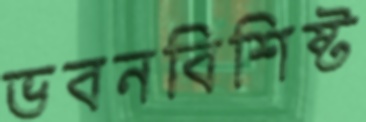
ভবনবিশিষ্ট